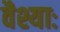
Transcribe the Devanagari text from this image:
वैश्याः